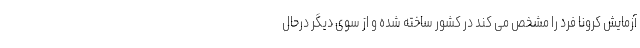
آزمایش کرونا فرد را مشخص می کند در کشور ساخته شده و از سوی دیگر درحال